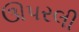
ઊપરલી